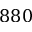
8 8 0